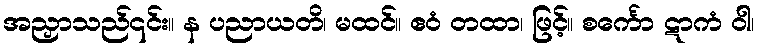
အညှာသည်၎င်း။ န ပညာယတိ၊ မထင်။ ဧဝံ တထာ၊ ဖြင့်။ စင်္ကော ဋာကံ ဝါ၊